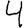
Digit: 4